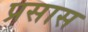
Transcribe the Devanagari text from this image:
प्रसास